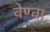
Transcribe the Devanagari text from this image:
वेण्वा